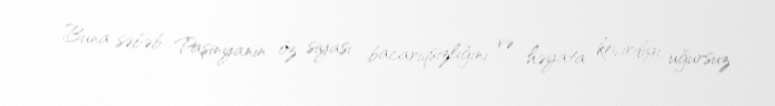
Buna səbəb Paşinyanın öz siyasi bacarıqsızlığını və həyata keçirdiyi uğursuz